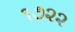
૧૭૨૨